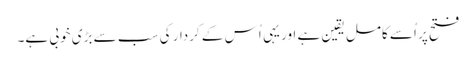
فتح پر اُسے کامل یقین ہے اور یہی اُس کے کردار کی سب سے بڑی خوبی ہے۔